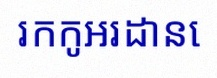
រកកូអរដោនេ